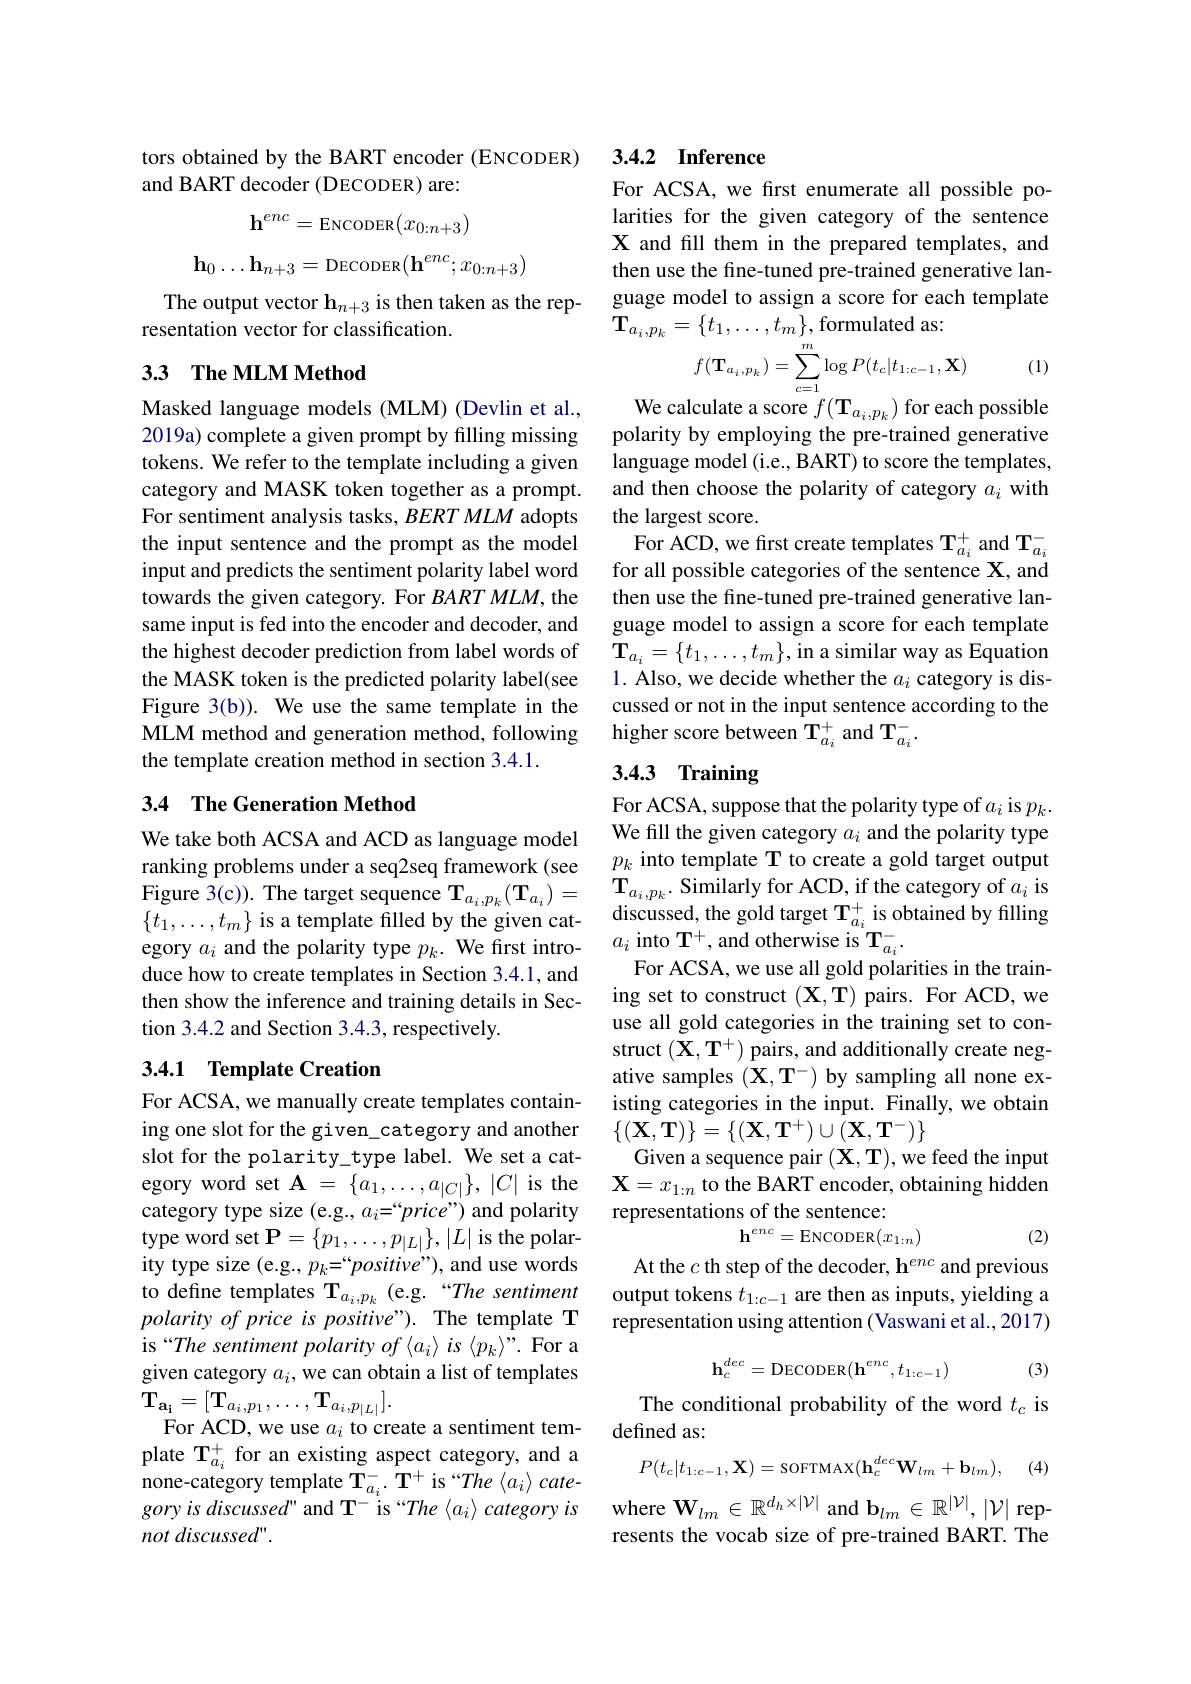
tors obtained by the BART encoder (ENCODER)
and BART decoder (DECODER) are:
$$\mathbf{h}^{enc}=\text{ENCODER}(x_{0:n+3})$$
$$\mathbf{h}_0\ldots\mathbf{h}_{n+3}=\mathrm{DECODER}(\mathbf{h}^{enc};x_{0:n+3})$$
The output vector $\mathbf{h}_{n+3}$ is then taken as the rep-
resentation vector for classification.

## 33 The MLM Method

Masked language models (MLM) (Devlin et al., 2019a) complete a given prompt by filling missing tokens. We refer to the template including a given category and MASK token together as a prompt. For sentiment analysis tasks, BERT MLM adopts the input sentence and the prompt as the model input and predicts the sentiment polarity label word towards the given category. For $BARTMLM$, the same input is fed into the encoder and decoder, and the highest decoder prediction from label words of the MASK token is the predicted polarity label(see Figure 3(b)). We use the same template in the MLM method and generation method, following the template creation method in section 3.4.1.

### 3.4 The Generation Method

We take both ACSA and ACD as language model ranking problems under a seq2seq framework (see $\text{Figure 3( c) ) . The target sequence T}_{a_i, p_k}( \mathbf{T} _{a_i}) =$ $\textbf{T}_{a_i, p_k}.$ Similarly for ACD, if the category of $a_i$ is $\text{dicauccad tha old tarnet T}^+$ ic obtainad bv fillina $\{t_{1},\ldots,t_{m}\}$ is a template filled by the given cat- $\ddot{\text{discussed, the gold target T}} _{a_{i}}^{+ }$ is obtained by filling$\{t_1,\ldots,t_m\}$ is a template filled by the given cat- $\ddot{\text{discussed, the gold target T}} _{a_{i}}^{+ }$ is obained by fillingery egory $a_i$ and the polarity type $p_k.$ We first introduce how to create templates in Section 3.4.1, and then show the inference and training details in Section 3.4.2 and Section 3.4.3, respectively.

## 3.4.1 Template Creation

For ACSA, we manually create templates containing one slot for the given\_category and another slot for the polarity\_type label. We set a category word set $\mathbf{A}=\{a_1,\ldots,a_{|C|}\},|C|$ is the category type size (e.g., ai=“price”) and polarity type word set $\mathbf{P}=\{p_1,\ldots,p_{|L|}\},|L|$ is the polarity type size (e.g., $p_k=“positive”)$, and use words to define templates T$_{a_i,p_k}$ (e.g.“The sentiment polarity of price is positive"). The template T is“The sentiment polarity of $\langle a_i\rangle \textit{is}\langle p_k\rangle ” .$ For a given category $a_i$, we can obtain a list of templates $\mathbf{T}_{\mathbf{a_{i}}}=[\mathbf{T}_{a_{i},p_{1}},\ldots,\mathbf{T}_{a_{i},p_{|L|}}].$
For ACD, we use $a_i$ to create a sentiment template T$_{a_i}^+$ for an existing aspect category, and a none-category template $\mathbf{T}_{a_i}^{-}.\mathbf{T}^{+}$ is “The $\langle a_i\rangle cate-$ $goryis\textit{discussed" and T}^{-u_i}$ is“The $\langle a_i\rangle$ category is where $\mathbf{W}_lm\in\mathbb{R}^{d_h\times|\mathcal{V}|}$ and $\mathbf{b}_lm\in\mathbb{R}^{|\mathcal{V}|},|\mathcal{V}|$ rep-
not discussed".

## 3.4.2 Inference

For ACSA, we first enumerate all possible polarities for the given category of the sentence X and fill them in the prepared templates, and then use the fine-tuned pre-trained generative language model to assign a score for each template $\mathbf{T}_{a_i,p_k}=\{t_1,\ldots,t_m\}$,formulated as:
$$f(\mathbf{T}_{a_{i},p_{k}})=\sum_{c=1}^{m}\log P(t_{c}|t_{1:c-1},\mathbf{X})$$
(1)

We calculate a score $f(\mathbf{T}_{a_i,p_k})$ for each possible polarity by employing the pre-trained generative language model (i.e., BART) to score the templates, and then choose the polarity of category $a_i$ with the largest score.
For ACD, we first create templates T$_{a_{i}}^{+}$ and $\mathbf{T}_{a_{i}}^{-}$ for all possible categories of the sentence X, and then use the fine-tuned pre-trained generative language model to assign a score for each template $\mathbf{T}_{a_i}=\{t_1,\ldots,t_m\}$,in a similar way as Equation 1. Also, we decide whether the $a_i$ category is discussed or not in the input sentence according to the higher score between $\mathbf{T}_{a_i}^+$ and T$_{a_i}^-.$

# 3.4.3 Training

For ACSA, suppose that the polarity type of $a_i$ is $p_k.$ We fill the given category $a_i$ and the polarity type $p_k$ into template T to create a gold target output
For ACSA, we use all gold polarities in the training set to construct $(\mathbf{X},\mathbf{T})$ pairs. For ACD, we use all gold categories in the training set to construct $(\mathbf{X},\mathbf{T}^{+})$ pairs, and additionally create negative samples $(\mathbf{X},\mathbf{T}^-)$ by sampling all none existing categories in the input. Finally, we obtain $\{(\mathbf{X},\mathbf{T})\}=\{(\mathbf{X},\mathbf{T}^{+})\cup(\mathbf{X},\mathbf{T}^{-})\}$
Given a sequence pair $(\mathbf{X},\mathbf{T})$,we feed the input $\mathbf{X}=x_{1:n}$ to the BART encoder, obtaining hidden representations of the sentence:
$$\mathbf{h}^{enc}=\mathrm{ENCODER}(x_{1:n})$$
(2)

At the $c$ th step of the decoder, h$^enc$ and previous output tokens $t_1:c-1$ are then as inputs, yielding a representation using attention (Vaswani et al.,2017)
$$\mathbf{h}_c^{dec}=\mathrm{DECODER}(\mathbf{h}^{enc},t_{1:c-1})$$
(3)

The conditional probability of the word $t_c$ is
defined as:
$$P(t_c|t_{1:c-1},\mathbf{X})=\mathrm{soFTMAX}(\mathbf{h}_c^{dec}\mathbf{W}_{lm}+\mathbf{b}_{lm}),$$
(4)

resents the vocab size of pre-trained BART. The